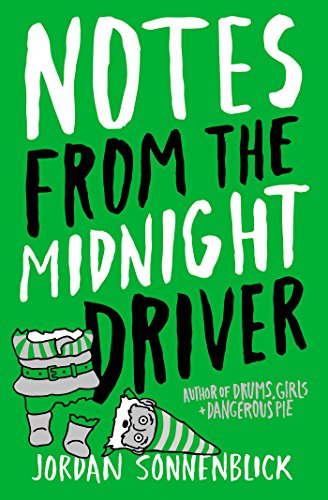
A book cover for Notes From The Midnight Driver; Jordan Sonnenblick; Teen & Young Adult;